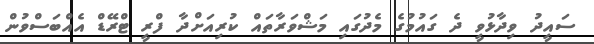
ސައީދު ވިދާޅުވީ ދެ ގައުމުގެ މެދުގައި މަޝްވަރާތައް ކުރިއަށްދާ ފްރީ ޓްރޭޑް އެއްބަސްވުން